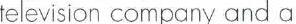
television company and a